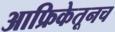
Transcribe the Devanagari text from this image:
आफ्रिकेतूनच